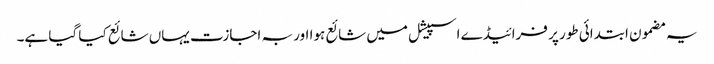
یہ مضمون ابتدائی طور پر فرائیڈے اسپیشل میں شائع ہوا اور بہ اجازت یہاں شائع کیا گیا ہے۔